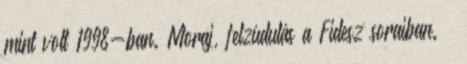
mint volt 1998-ban. Moraj, felzúdulás a Fidesz soraiban. –